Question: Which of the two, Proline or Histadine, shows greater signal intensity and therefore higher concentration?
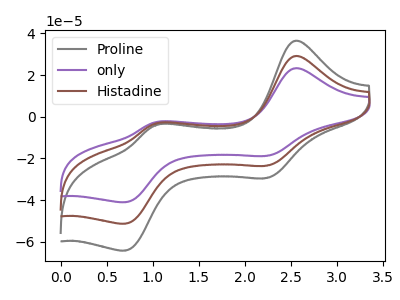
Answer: <think>The gray curve "Proline" has anodic peaks at (2.55V, 36.40uA) (1.05V, -4.05uA) and cathodic peaks at (2.25V, -29.40uA) (0.70V, -64.25uA). The purple curve "only" has anodic peaks at (2.55V, 58.15uA) (1.05V, -6.50uA) and cathodic peaks at (2.25V, -47.00uA) (0.70V, -102.65uA). The brown curve "Histadine" has anodic peaks at (2.55V, 29.10uA) (1.05V, -3.25uA) and cathodic peaks at (2.25V, -23.50uA) (0.70V, -51.35uA).
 All the peaks in "Proline" have a peak in "Histadine" at the same potential.</think>
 <answer>I cant tell if "Proline" or "Histadine" has higher concentration.</answer>
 <eval>mixed_concentration</eval>